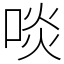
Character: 啖